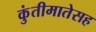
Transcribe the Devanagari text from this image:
कुंतीमातेसह